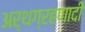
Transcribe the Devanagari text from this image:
अर्थग्रहणादी